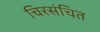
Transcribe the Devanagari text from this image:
चिरसंचित